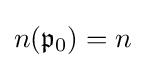
n({\mathfrak {p}}_{0})=n